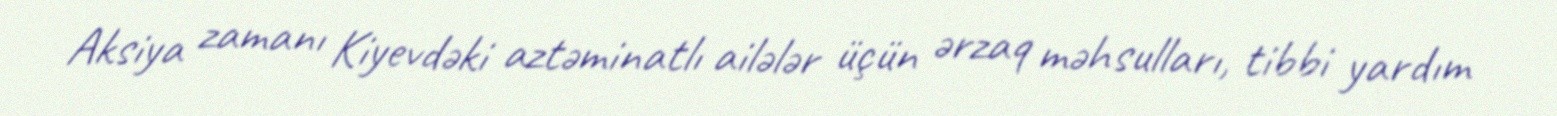
Aksiya zamanı Kiyevdəki aztəminatlı ailələr üçün ərzaq məhsulları, tibbi yardım